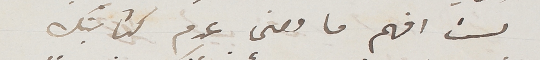
لست افهم ما معنى عدم كتابتك